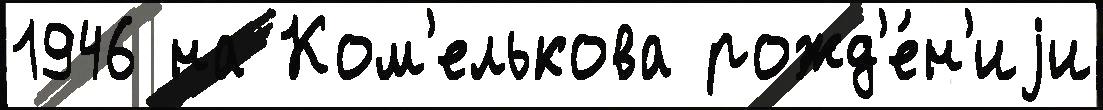
1946 на Ком'елькова рожд'е́н'иjи